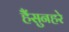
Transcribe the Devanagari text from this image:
हैंसुनहरे